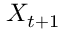
X _ { t + 1 }